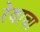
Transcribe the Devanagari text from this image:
रेवाचा